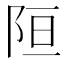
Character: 𲉎